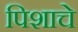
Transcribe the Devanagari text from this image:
पिशाचे